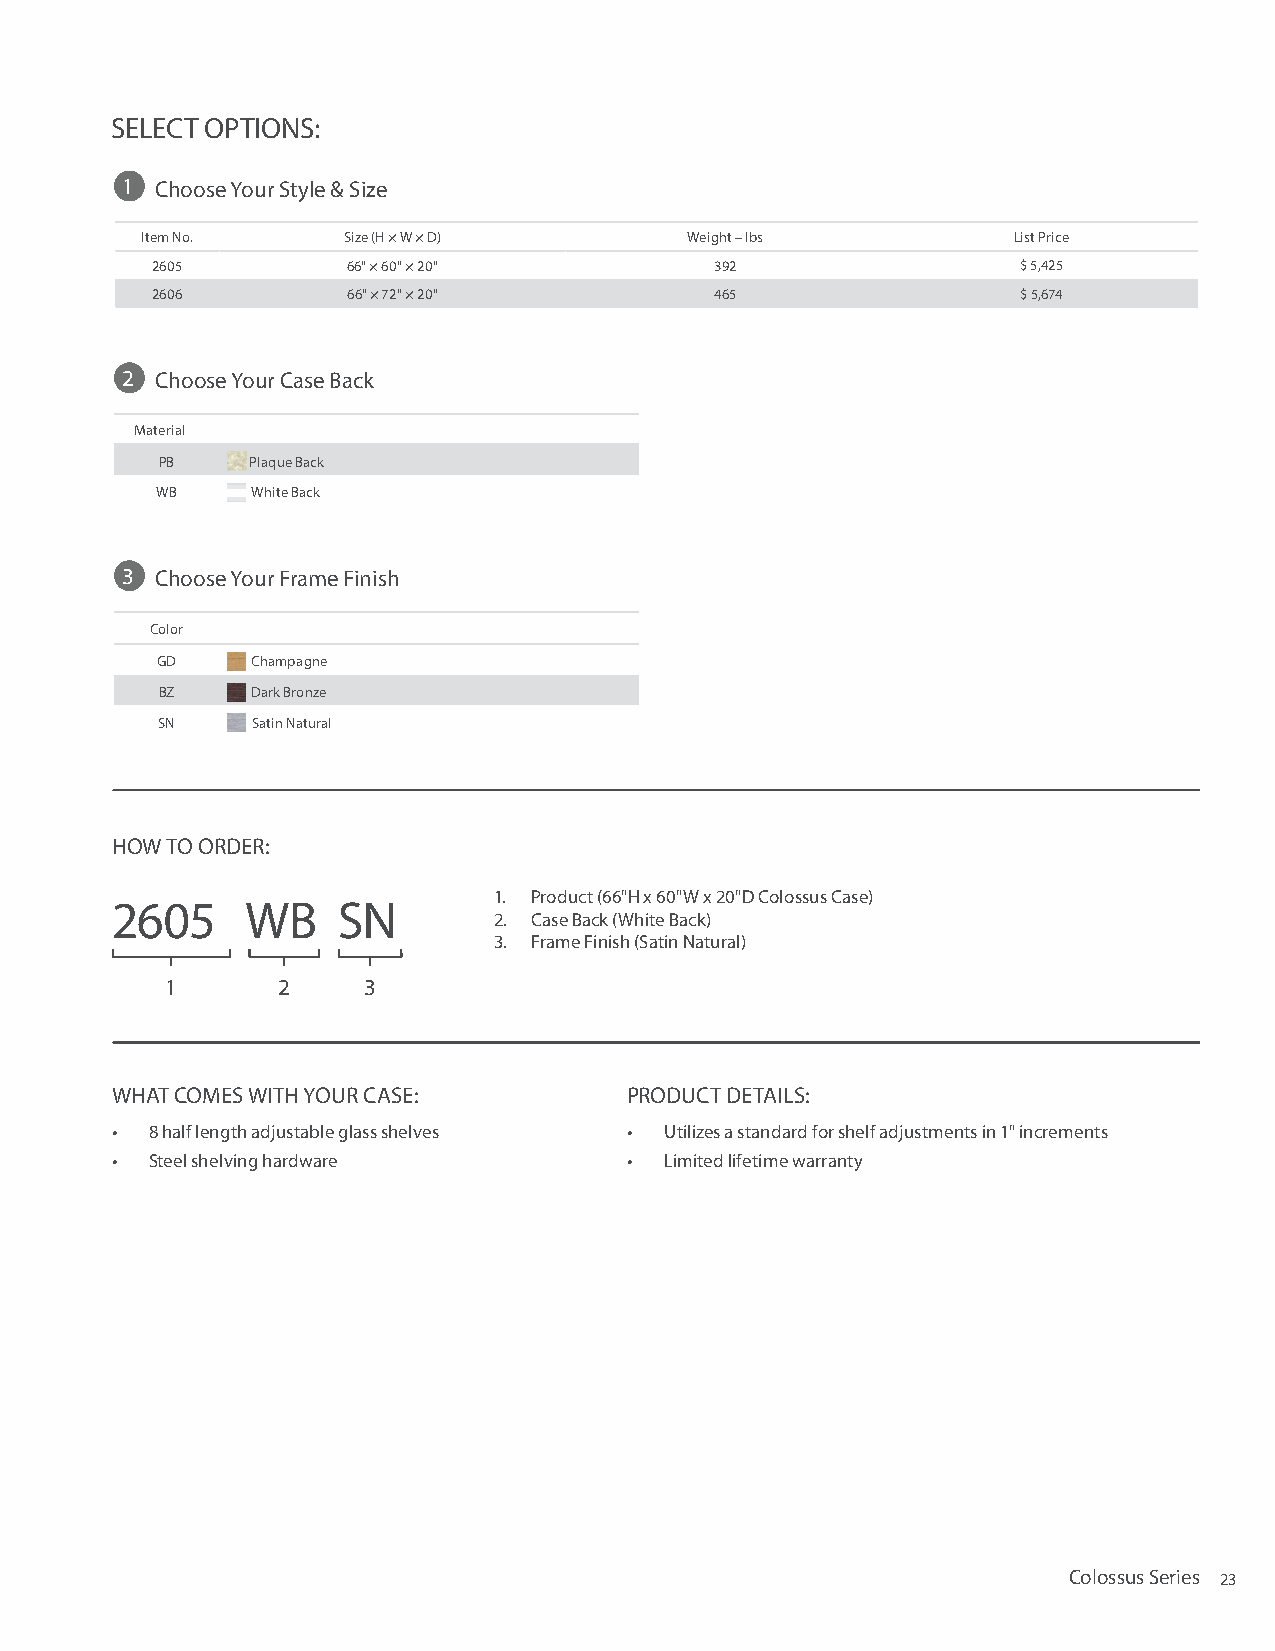
SELECT OPTIONS:
 1 Choose Your Style & Size
 Item No.      Size (H × W × D)       Weight – lbs         List Price
 2605         66" × 60" × 20"         392                  $ 5,425
 2606         66" × 72" × 20"         465                  $ 5,674
 2 Choose Your Case Back
 Material
 PB    Plaque Back
 WB     White Back
 3 Choose Your Frame Finish
 Color
 GD     Champagne
 BZ     Dark Bronze
 SN     Satin Natural
 HOW TO ORDER:
 1. Product (66"H x 60"W x 20"D Colossus Case)
 2605     WB    SN
 2. Case Back (White Back)
 3. Frame Finish (Satin Natural)
 1      2     3
 WHAT COMES WITH YOUR CASE:         PRODUCT DETAILS:
 •  8 half length adjustable glass shelves • Utilizes a standard for shelf adjustments in 1" increments
 •  Steel shelving hardware         • Limited lifetime warranty
 Colossus Series 23